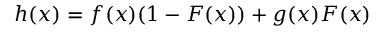
h ( x ) = f ( x ) ( 1 - F ( x ) ) + g ( x ) F ( x )